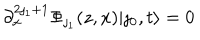
LaTeX: \partial _ { x } ^ { 2 \jmath _ { 1 } + 1 } \Phi _ { \jmath _ { 1 } } ( z , x ) | \jmath _ { 0 } , t \rangle = 0